Annual report on the lock hospitals of the Madras Presidency
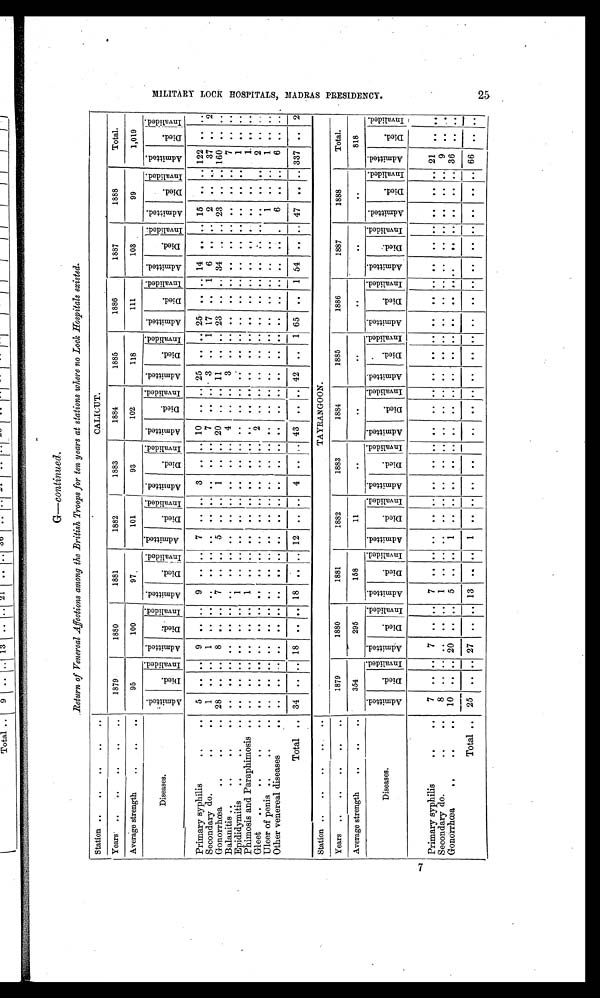
G—continued.
Return of Venereal Affections among the British Troops for ten years at stations where no Lock Hospitals existed.
Station ..
. .
. .
CALICUT.
Years ..
... . . . . . .
1879
1880
1881
1882
1883
1884
1885
1886
1887
1888
Total.
Average strength
. . .. . .
95
100
97
101
93
102
118
111
103
9 9
1,019
Diseases.
A d m i t t e d .
D i e d .
I n v a l i d e d . A d m i t t e d .
D i e d .
I n v a l i d e d .
Ad mi t t e d .
D i e d .
I nval i ded. A d m i t t e d .
D i e d .
I n v a l i d e d . A d m i t t e d .
D i e d .
I nva l i de d. A d m i t t e d .
D i e d .
I n v a l i d e d . A d m i t t e d .
Di e d.
I n v a l i d e d . A d m i t t e d .
Di e d .
I n v a l i d e d . A d m i t t e d .
D i e d .
I nv al i ded. A d m i t t e d .
D i e d .
I n v a l i d e d . A d m i t t e d .
Di ed.
I nva l i de d.
Primary syphilis
. . 5
. . . . 9
. . .. 9
. .
. . 7 .. . . 3
. . . . 10 .. . . 25 .. . . 25
. .
. .
14 ..
. . 15 ..
. . 122
. . . .
Secondary do.
..
. . 1
. . . . 1
. . . . . . . .
. . . . . .
. . . . . . . . 7 ..
. . 3 .. 1 17
. . 1 6
. .
. . 2
. . . . 37 .. 2
Gonorrhœa
. .
. .
. . 28 .. .. 8 .. .. 7 ..
. . 5 .. . . 1 .. . . 20 .. .. 11 .. .. 23 ..
. . 34
. . .. 23
. .
. . 160
. . . .
Balanitis ..
..
. .
. . . .
. . . . . . . . . . . . . .
. . . . . .
. . . . . . . .
4 . . . . 3
. . . .
. .
. . . .
. .
. . . . . .
. . . . 7
. . . .
Epididymitis
. .
. .
. . . .
. . . . . . . . . . 1 . .
. . . . . .
. . . . . . . . . . . .
. . . .
. .
. . . .
. .
. . . . . .
. . . .
. .
. . 1
. . . .
Phimosis and Paraphimosis ......... . .
. . . .
. . . . . . 1
. .
. . . . . .
. . . . . . . . . . . .
. . . .
. .
. . . .
. .
. . . . . . . . . .
. .
. .
1
. . . .
Gleet
. . . .
. .
. . . .
. . . . . .
. . . . . . . .
. . . . . .
. . . . . . . . 2 . .
. . . .
. .
. . . .
. .
. . . . . .
. . . .
. . . . 2 . .
. .
Ulcer of penis ..
. .
. . . .
. .
. . . . . . . . . . . .
. . . . . .
. . . . . . . . . . . .
. . . .
. .
. . . .
. .
. . . . . .
1
. . . . 1
. . . .
Other venereal diseases
. . . .
. .
. . . . . . . . . . . .
. . . . . .
. . . . . . . . . . . .
. . . .
. .
. . . .
. .
. . . . . . . . 6
. . . .
6
. . . .
Total . . 34
. .
. .
18
. .
. .
18 . .
. .
12 ..
. .
4 ..
. .
43
. .
. .
42 .. 1 65 .. 1 54
. .
. .
47
. .
. .
337 ..
2
Station ..
. .
. .
. .
. .
TAYRANGOON.
Years ..
..
..
..
. .
1879
1880
1881
1882
1883
1884
1885
1886
1887
1888
Total.
Average strength
. .
. .
. .
.
354
295
158
11
..
..
..
. .
. .
. .
818
Diseases.
A d m i t t e d .
D i e d .
I n v a l i d e d . A d m i t t e d .
D i e d .
I n v a l i d e d . A d m i t t e d .
D i e d .
I n v a l i d e d . A d m i t t e d .
D i e d .
I n v a l i d e d .
A d m i t t e d .
D i e d .
I n v a l i d e d . A d m i t t e d .
D i e d .
I n v a l i d e d . A d m i t t e d .
D i e d .
I n v a l i d e d . A d m i t t e d .
D i e d .
I n v a l i d e d . A d m i t t e d .
D i e d .
I n v a l i d e d . A d m i t t e d .
D i e d .
I n v a l i d e d . A d m i t t e d .
D i e d .
I n v a l i d e d .
Primary syphilis
..
.
7
.. ..
7
.. ..
7
.. .. .. .. .. .. .. .. .. .. .. .. .. .. .. .. .. .. .. .. .. .. ..
21
.. ..
S e c o n d a r y d o .
. . . 8
.. .. .. .. ..
1
.. .. .. .. .. .. .. .. .. .. .. .. .. .. .. .. .. .. .. .. .. .. ..
9
.. ..
Gonorrhœa
..
. .
10 .. .. 20
.. ..
5
..
.. 1
.. .. .. .. .. .. .. .. .. .. .. .. .. .. .. .. .. .. .. ..
36
.. ..
Total .. 25 .. .. 27
.. ..
13 ..
..
1
.. .. .. .. . .. .. .. .. .. .. .. .. .. .. .. .. .. .. ..
66
.. ..
7 M I L I T A R Y L O C K H O S P I T A L S , M A D R A S P R E S I D E N C Y . 2 5